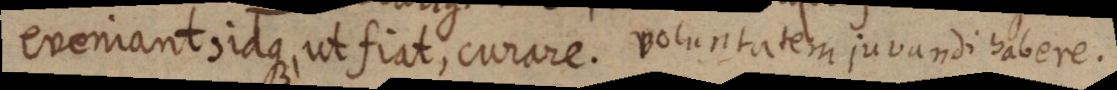
eveniant, idque ut fiat, curare. voluntatem juvandi habere.